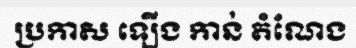
ប្រកាស ឡើង កាន់ តំណែង